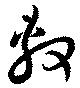
敷